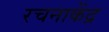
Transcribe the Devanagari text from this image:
रचनाकेंद्र